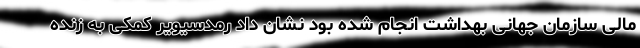
مالی سازمان جهانی بهداشت انجام شده بود نشان داد رمدسیویر کمکی به زنده